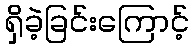
ရှိခဲ့ခြင်းကြောင့်